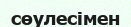
сөулесімен